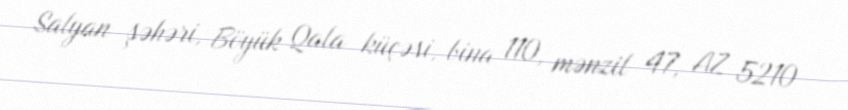
Salyan şəhəri, Böyük Qala küçəsi, bina 110, mənzil 47, AZ 5210